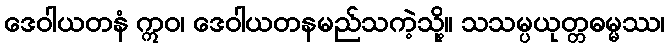
ဒေဝါယတနံ ဣဝ၊ ဒေဝါယတနမည်သကဲ့သို့။ သသမ္ပယုတ္တဓမ္မဿ၊